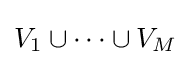
V_{1}\cup \cdots \cup V_{M}